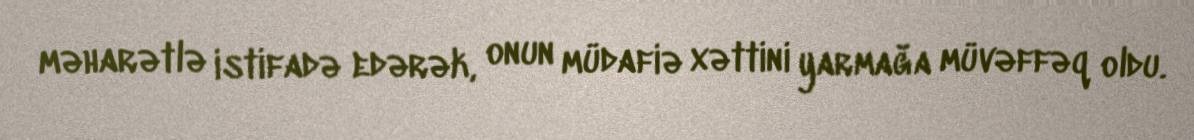
məharətlə istifadə edərək, onun müdafiə xəttini yarmağa müvəffəq oldu.